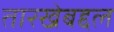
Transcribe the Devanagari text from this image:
तारखेबद्दल